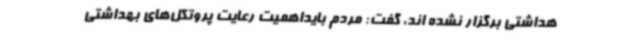
هداشتی برگزار نشده اند، گفت: مردم بایداهمیت رعایت پروتکل‌های بهداشتی